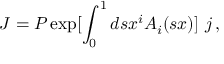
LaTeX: J = P \exp [ \int _ { 0 } ^ { 1 } d s x ^ { i } A _ { i } ( s x ) ] \, \, j \, ,